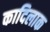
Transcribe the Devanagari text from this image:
कादिलाक